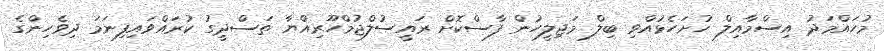
މުހައްމަދު އިސްމާއިލް ހުށަހެޅުއްވި ބިލް މަޖިލީހުން ފާސްކޮށް ރައީސުލްޖުމްހޫރިއްޔާ ތަސްދީގު ކުރައްވައިފިނަމަ ދިވެހިންގެ